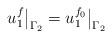
LaTeX: \begin{align*}u_1^f\big|_{\Gamma_2}=u_1^{f_0}\big|_{\Gamma_2}\end{align*}